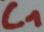
Text: C1